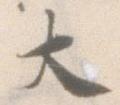
大